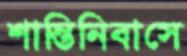
শান্তিনিবাসে